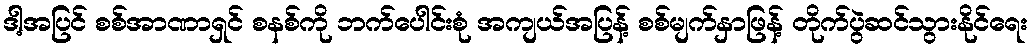
ဒါ့အပြင် စစ်အာဏာရှင် စနစ်ကို ဘက်ပေါင်းစုံ အကျယ်အပြန့် စစ်မျက်နှာဖြန့် တိုက်ပွဲဆင်သွားနိုင်ရေး